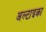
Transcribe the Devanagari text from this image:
अल्टाइका